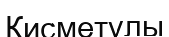
Қисметұлы